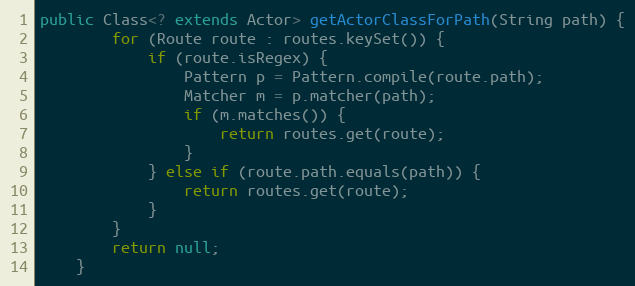
Language: Java
public Class<? extends Actor> getActorClassForPath(String path) {
        for (Route route : routes.keySet()) {
            if (route.isRegex) {
                Pattern p = Pattern.compile(route.path);
                Matcher m = p.matcher(path);
                if (m.matches()) {
                    return routes.get(route);
                }
            } else if (route.path.equals(path)) {
                return routes.get(route);
            }
        }
        return null;
    }